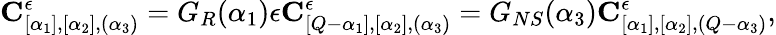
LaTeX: {\mathbf C}_{[\alpha_{1}],[\alpha_{2}],(\alpha_{3})}^{\epsilon}=G_{R}(\alpha_{1})\epsilon{\mathbf C}_{[Q-\alpha_{1}],[\alpha_{2}],(\alpha_{3})}^{\epsilon}=G_{NS}(\alpha_{3}){\mathbf C}_{[\alpha_{1}],[\alpha_{2}],(Q-\alpha_{3})}^{\epsilon},